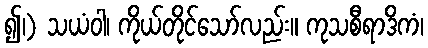
၍၊) သယံဝါ၊ ကိုယ်တိုင်သော်လည်း။ ကုသစီရာဒိကံ၊